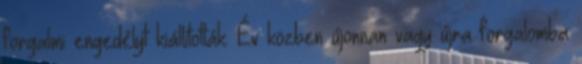
forgalmi engedélyt kiállították. Év közben újonnan vagy újra forgalomba